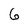
Character: 6